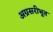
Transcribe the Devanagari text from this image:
अग्रसरीभूत